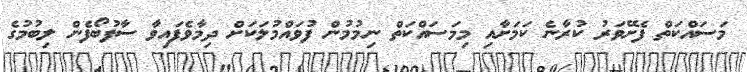
މަސައްކަތް ފެށޭވަރު ކުރާނެ ކަމަށާއި މިމަސައްކަތް ނިމުމުން ފުވައްމުލަކަށް ދިމާވެފައިވާ ސާފުބޯފެން ލިބުމުގެ